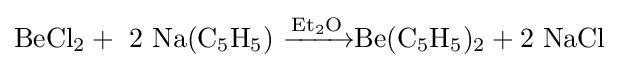
\mathrm {BeCl_{2}+\ 2\ Na(C_{5}H_{5})\ {\xrightarrow[{}]{Et_{2}O}}Be(C_{5}H_{5})_{2}+2\ NaCl}